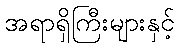
အရာရှိကြီးများနှင့်